Sleeping sickness
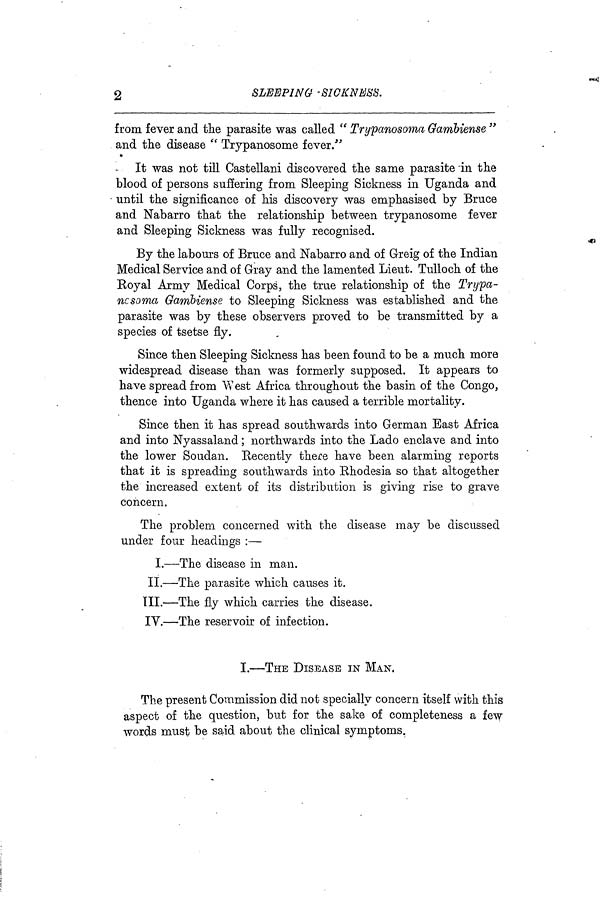
2
SLEEPING -SICKNESS.
from fever and the parasite was called " Trypanosoma Gambiense "
and the disease " Trypanosome fever."
It was not till Castellani discovered the same parasite in the
blood of persons suffering from Sleeping Sickness in Uganda and
until the significance of his discovery was emphasised by Bruce
and Nabarro that the relationship between trypanosome fever
and Sleeping Sickness was fully recognised.
By the labours of Bruce and Nabarro and of Greig of the Indian
Medical Service and of Gray and the lamented Lieut. Tulloch of the
Royal Army Medical Corps, the true relationship of the Trypa-
ncsoma Gambiense to Sleeping Sickness was established and the
parasite was by these observers proved to be transmitted by a
species of tsetse fly.
Since then Sleeping Sickness has been found to be a much more
widespread disease than was formerly supposed. It appears to
have spread from West Africa throughout the basin of the Congo,
thence into Uganda where it has caused a terrible mortality.
Since then it has spread southwards into German East Africa
and into Nyassaland ; northwards into the Lad o enclave and into
the lower Soudan. Recently there have been alarming reports
that it is spreading southwards into Rhodesia so that altogether
the increased extent of its distribution is giving rise to grave
concern.
The problem concerned with the disease may be discussed
under four headings :—
I.—The disease in man.
II.—The parasite which causes it.
III.—The fly which carries the disease.
IV.—The reservoir of infection.
I.—THE DISEASE IN MAN.
The present Commission did not specially concern itself with this
aspect of the question, but for the sake of completeness a few
words must be said about the clinical symptoms.